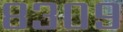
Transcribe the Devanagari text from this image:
८३०९